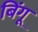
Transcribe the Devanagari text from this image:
बिंगू